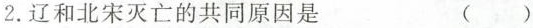
2.辽和北宋灭亡的共同原因是 ( )